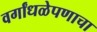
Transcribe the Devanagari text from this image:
वर्गांधळेपणाचा